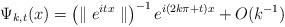
LaTeX: \begin{align*}\Psi_{k,t}(x)=\left( \parallel e^{itx}\parallel\right) ^{-1}e^{i(2k\pi+t)x}+O(k^{-1})\end{align*}